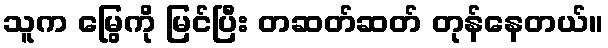
သူက မြွေကို မြင်ပြီး တဆတ်ဆတ် တုန်နေတယ်။